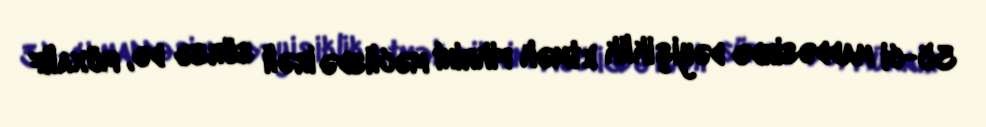
35-ci maddəsində dəyişiklik etmək fikrini məclisdə irəli sürsə də, müxalif